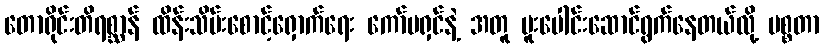
တောရိုင်းတိရစ္ဆာန် ထိန်းသိမ်းစောင့်ရှောက်ရေး ကော်မရှင်နဲ့ အတူ ပူးပေါင်းဆောင်ရွက်နေတယ်လို့ မစ္စတာ